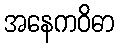
အနေကဝိဓာ